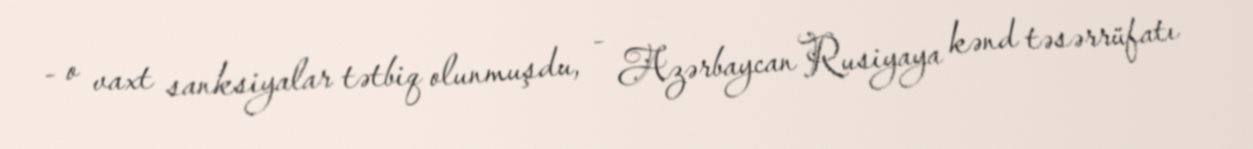
- o vaxt sanksiyalar tətbiq olunmuşdu, - Azərbaycan Rusiyaya kənd təsərrüfatı